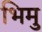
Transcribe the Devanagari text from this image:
भिमु